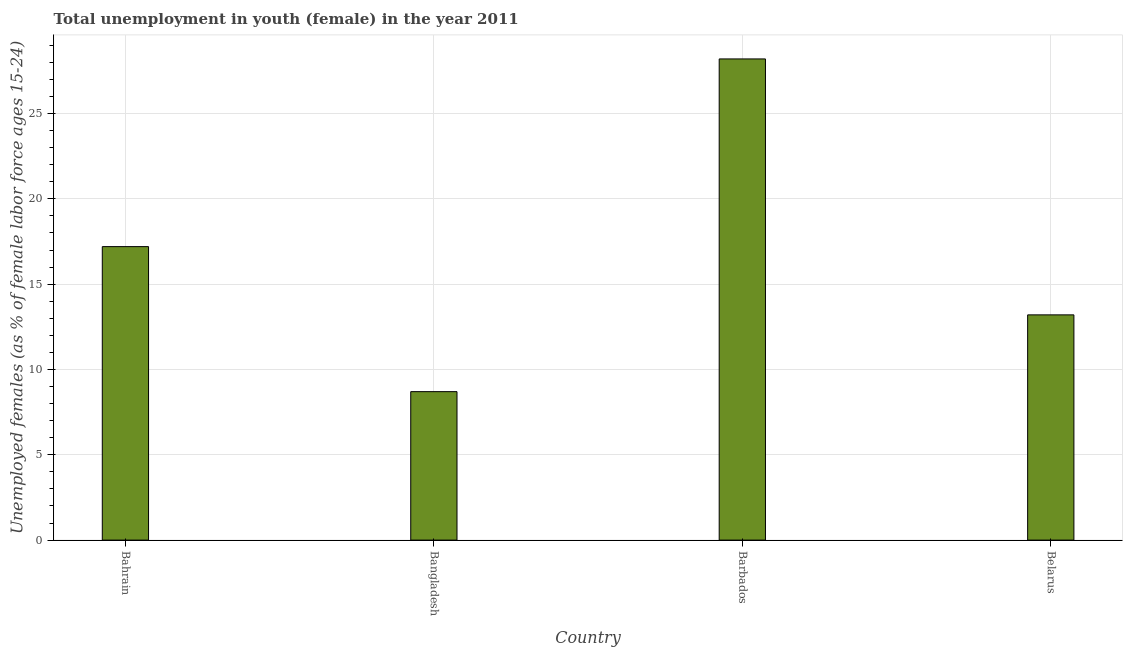
| Country | Unemployment |
 | --- | --- |
 | Bahrain | 17.2 |
 | Bangladesh | 8.7 |
 | Barbados | 28.2 |
 | Belarus | 13.2 |